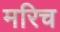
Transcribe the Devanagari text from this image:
मरिच